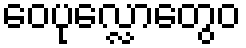
ဝေပုလ္လောတွေဝ